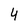
Character: 4